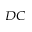
_ { D C }